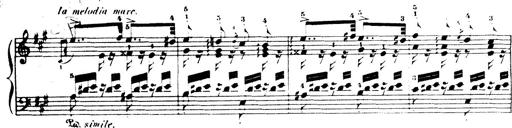
Title: Wagner-Liszt Album
Composer: Franz Liszt